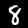
Label: 8